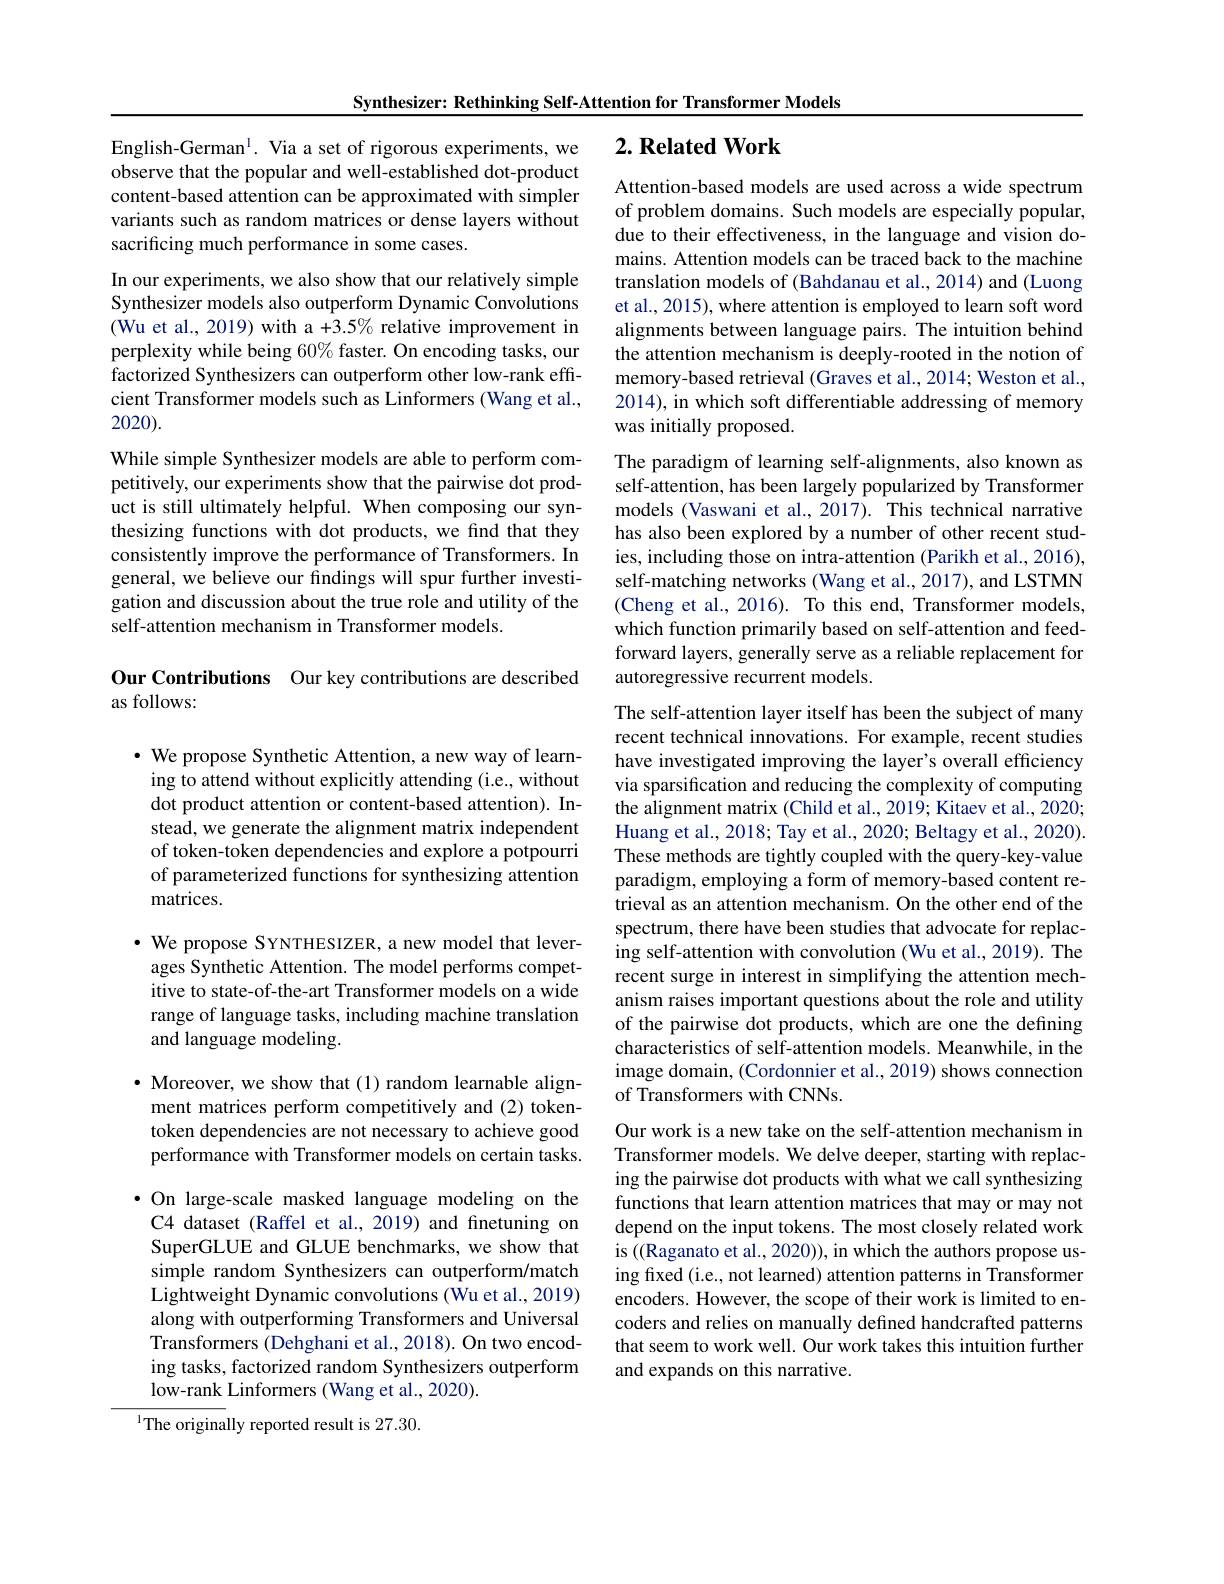
Synthesizer: Rethinking Self-Attention for Transformer Models

## $2. \textbf{Related Work}$

English-German$^{\mathrm{l}}.$ Via a set of rigorous experiments, we observe that the popular and well-established dot-product content-based attention can be approximated with simpler variants such as random matrices or dense layers without sacrificing much performance in some cases.

In our experiments, we also show that our relatively simple Synthesizer models also outperform Dynamic Convolutions (Wu et al., 2019) with a +3.5% relative improvement in perplexity while being 60% faster. On encoding tasks, our factorized Synthesizers can outperform other low-rank efficient Transformer models such as Linformers (Wang et al., 2020).

While simple Synthesizer models are able to perform competitively, our experiments show that the pairwise dot product is still ultimately helpful. When composing our synthesizing functions with dot products, we find that they consistently improve the performance of Transformers. In general, we believe our findings will spur further investigation and discussion about the true role and utility of the self-attention mechanism in Transformer models.

Our Contributions Our key contributions are described
as follows:

$\cdot$ We propose Synthetic Attention, a new way of learning to attend without explicitly attending (i.e., without dot product attention or content-based attention). Instead, we generate the alignment matrix independent of token-token dependencies and explore a potpourri of parameterized functions for synthesizing attention matrices.

$\cdot$ We propose SYNTHESIZER, a new model that leverages Synthetic Attention. The model performs competitive to state-of-the-art Transformer models on a wide range of language tasks, including machine translation and language modeling.

$\bullet$ Moreover, we show that(1) random learnable alignment matrices perform competitively and (2) tokentoken dependencies are not necessary to achieve good performance with Transformer models on certain tasks.

·On large-scale masked language modeling on the C4 dataset (Raffel et al., 2019) and finetuning on SuperGLUE and GLUE benchmarks, we show that simple random Synthesizers can outperform/match Lightweight Dynamic convolutions (Wu et al., 2019) along with outperforming Transformers and Universal Transformers (Dehghani et al., 2018). On two encoding tasks, factorized random Synthesizers outperform low-rank Linformers (Wang et al., 2020).

$^{1}$The originally reported result is 27.30.

Attention-based models are used across a wide spectrum of problem domains. Such models are especially popular, due to their effectiveness, in the language and vision domains. Attention models can be traced back to the machine translation models of (Bahdanau et al., 2014) and (Luong et al., 2015), where attention is employed to learn soft word alignments between language pairs. The intuition behind the attention mechanism is deeply-rooted in the notion of memory-based retrieval (Graves et al., 2014; Weston et al., 2014), in which soft differentiable addressing of memory was initially proposed.

The paradigm of learning self-alignments, also known as

self-attention, has been largely popularized by Transformer

models (Vaswani et al., 2017). This technical narrative

has also been explored by a number of other recent stud-

ies, including those on intra-attention (Parikh et al., 2016),

self-matching networks (Wang et al., 2017), and LSTMN

(Cheng et al., 2016). To this end, Transformer models,

which function primarily based on self-attention and feed-

forward layers, generally serve as a reliable replacement for
autoregressive recurrent models.
The self-attention layer itself has been the subject of many recent technical innovations. For example, recent studies have investigated improving the layer's overall efficiency via sparsification and reducing the complexity of computing the alignment matrix (Child et al., 2019; Kitaev et al., 2020; Huang et al., 2018; Tay et al., 2020; Beltagy et al., 2020). These methods are tightly coupled with the query-key-value paradigm, employing a form of memory-based content retrieval as an attention mechanism. On the other end of the spectrum, there have been studies that advocate for replacing self-attention with convolution (Wu et al., 2019). The recent surge in interest in simplifying the attention mechanism raises important questions about the role and utility of the pairwise dot products, which are one the defining characteristics of self-attention models. Meanwhile, in the image domain, (Cordonnier et al., 2019) shows connection of Transformers with CNNs.
Our work is a new take on the self-attention mechanism in Transformer models. We delve deeper, starting with replac-

ing the pairwise dot products with what we call synthesizing functions that learn attention matrices that may or may not depend on the input tokens. The most closely related work is ((Raganato et al., 2020)), in which the authors propose using fixed (i.e., not learned) attention patterns in Transformer encoders. However, the scope of their work is limited to encoders and relies on manually defined handcrafted patterns that seem to work well. Our work takes this intuition further and expands on this narrative.